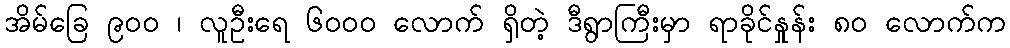
အိမ်ခြေ ၉၀၀ ၊ လူဦးရေ ၆၀၀၀ လောက် ရှိတဲ့ ဒီရွာကြီးမှာ ရာခိုင်နှုန်း ၈၀ လောက်က